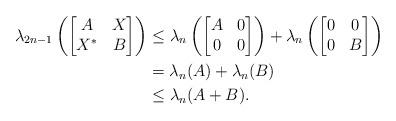
LaTeX: \begin{align*}\lambda_{2n-1}\left(\begin{bmatrix} A &X \\X^* &B\end{bmatrix}\right) &\le \lambda_{n} \left(\begin{bmatrix} A &0 \\0 &0\end{bmatrix}\right)+ \lambda_{n} \left(\begin{bmatrix} 0 &0 \\0 &B\end{bmatrix}\right) \\&= \lambda_{n}(A) + \lambda_n(B) \\ &\le \lambda_n(A+B).\end{align*}